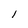
Character: l